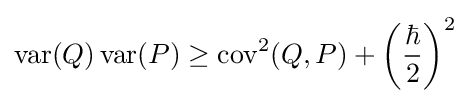
\operatorname {var} (Q)\operatorname {var} (P)\geq \operatorname {cov} ^{2}(Q,P)+\left({\frac {\hbar }{2}}\right)^{2}